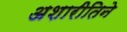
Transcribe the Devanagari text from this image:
अशारीतिने